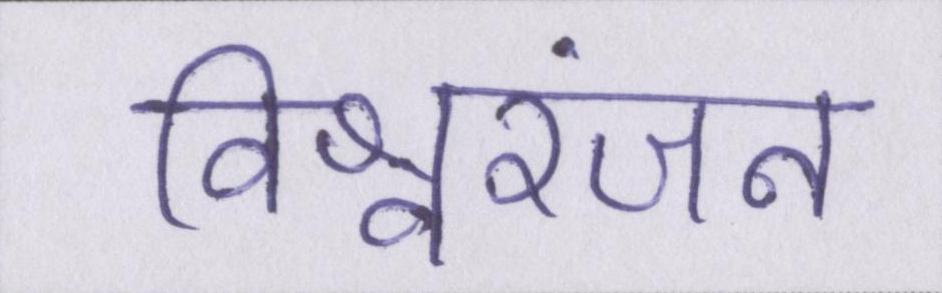
विश्वरंजन